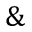
\&